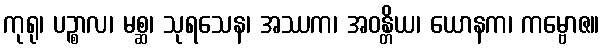
ကုရု၊ ပဉ္စာလ၊ မစ္ဆ၊ သုရသေန၊ အဿက၊ အဝန္တိယ၊ ယောနက၊ ကမ္ဗောဇ။